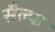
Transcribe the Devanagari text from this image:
सैल्फ